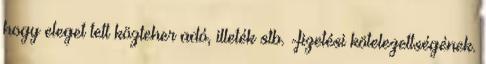
hogy eleget tett közteher adó, illeték stb. -fizetési kötelezettségének.